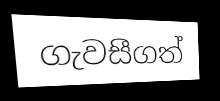
ගැවසීගත්